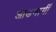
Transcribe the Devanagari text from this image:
आडमार्गीं